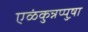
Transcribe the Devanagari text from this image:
एळंकुन्नप्पुष़ा